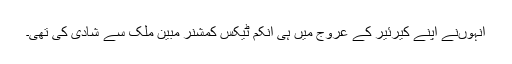
انہوںنے اپنے کیرئیر کے عروج میں ہی انکم ٹیکس کمشنر مبین ملک سے شادی کی تھی۔